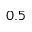
0 . 5